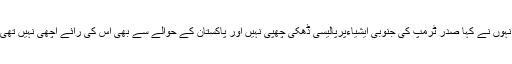
انہوں نے کہا صدر ٹرمپ کی جنوبی ایشیاءپرپالیسی ڈھکی چھپی نہیں اور پاکستان کے حوالے سے بھی اس کی رائے اچھی نہیں تھی۔